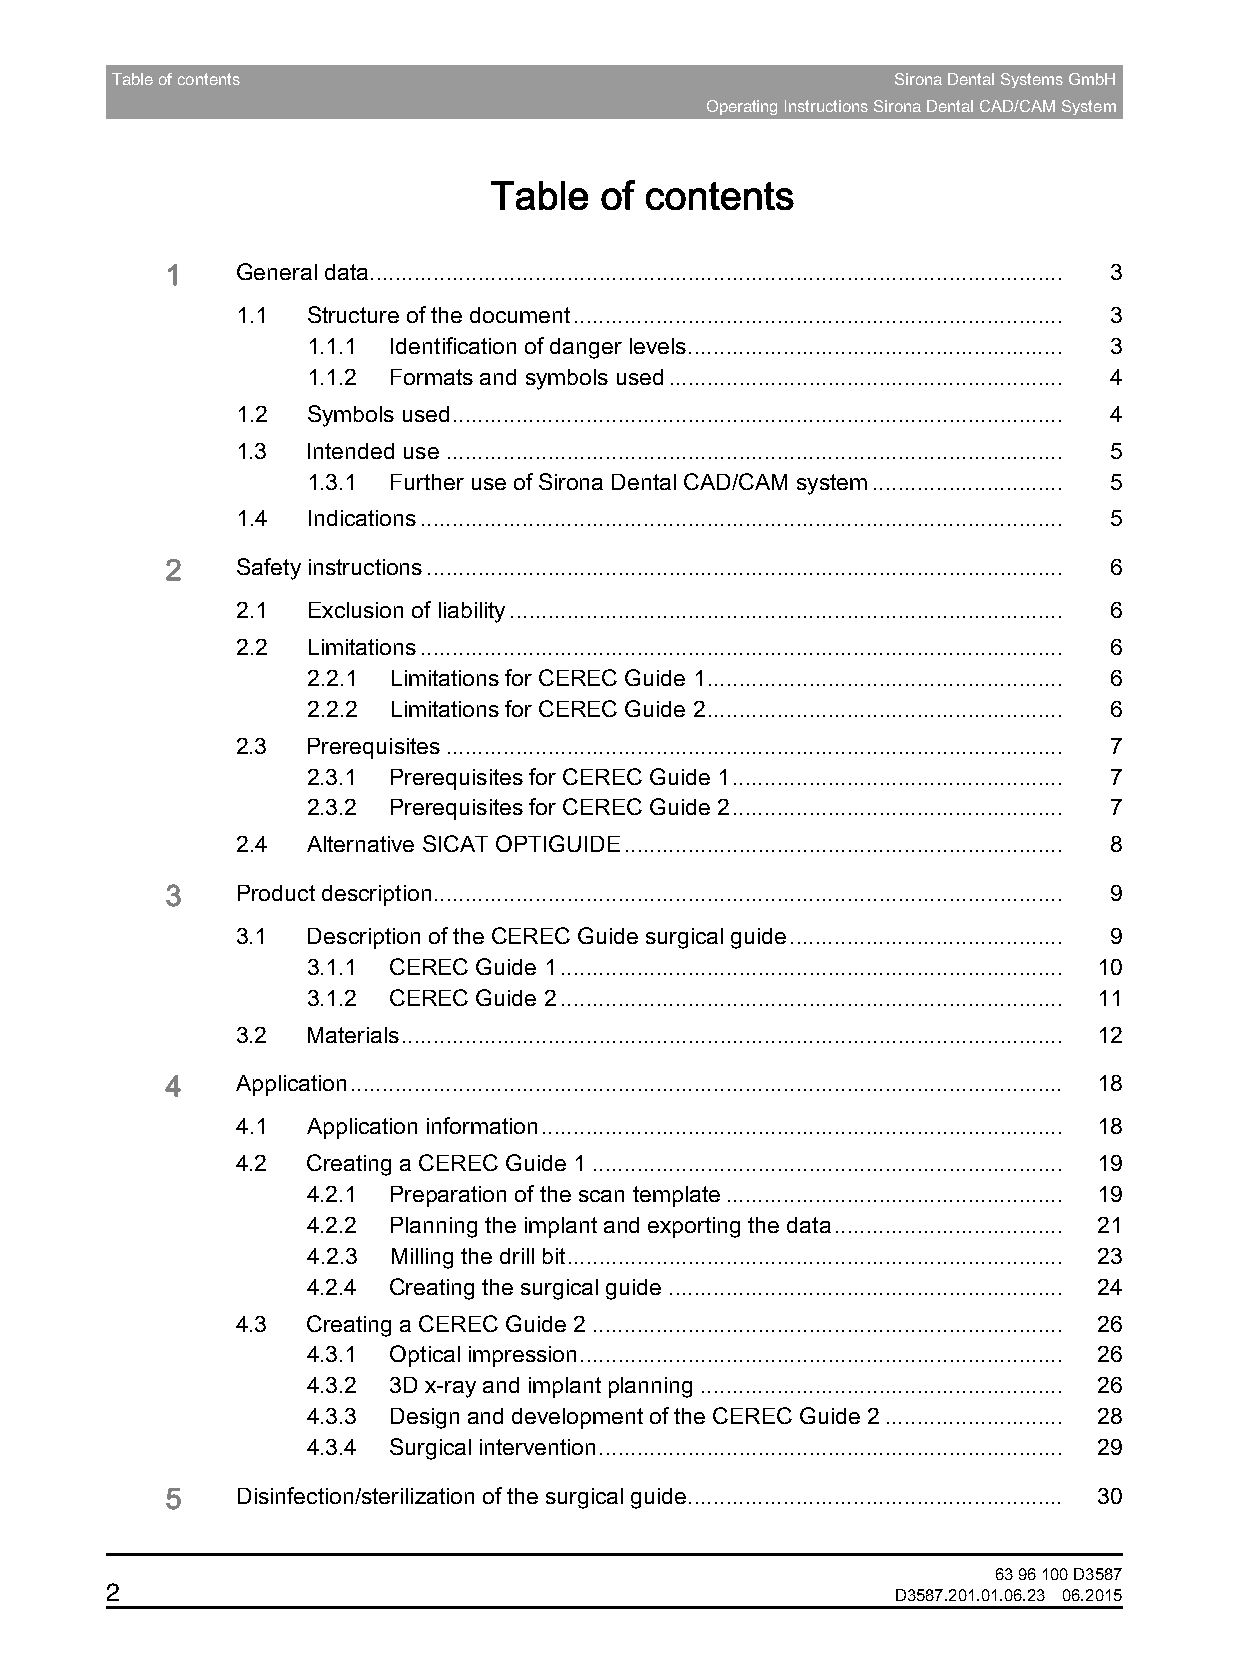
Table of contents                                   Sirona Dental Systems GmbH
 Operating Instructions Sirona Dental CAD/CAM System
 Table   of contents
 1    General data............................................................................................................. 3
 1.1 Structure of the document............................................................................. 3
 1.1.1 Identification of danger levels........................................................... 3
 1.1.2 Formats and symbols used.............................................................. 4
 1.2 Symbols used................................................................................................ 4
 1.3 Intended use................................................................................................. 5
 1.3.1 Further use of Sirona Dental CAD/CAM system.............................. 5
 1.4 Indications..................................................................................................... 5
 2    Safety instructions.................................................................................................... 6
 2.1 Exclusion of liability....................................................................................... 6
 2.2 Limitations..................................................................................................... 6
 2.2.1 Limitations for CEREC Guide 1........................................................ 6
 2.2.2 Limitations for CEREC Guide 2........................................................ 6
 2.3 Prerequisites................................................................................................. 7
 2.3.1 Prerequisites for CEREC Guide 1.................................................... 7
 2.3.2 Prerequisites for CEREC Guide 2.................................................... 7
 2.4 Alternative SICAT OPTIGUIDE..................................................................... 8
 3    Product description................................................................................................... 9
 3.1 Description of the CEREC Guide surgical guide........................................... 9
 3.1.1 CEREC Guide 1............................................................................... 10
 3.1.2 CEREC Guide 2............................................................................... 11
 3.2 Materials........................................................................................................ 12
 4    Application................................................................................................................ 18
 4.1 Application information.................................................................................. 18
 4.2 Creating a CEREC Guide 1 .......................................................................... 19
 4.2.1 Preparation of the scan template..................................................... 19
 4.2.2 Planning the implant and exporting the data.................................... 21
 4.2.3 Milling the drill bit.............................................................................. 23
 4.2.4 Creating the surgical guide.............................................................. 24
 4.3 Creating a CEREC Guide 2 .......................................................................... 26
 4.3.1 Optical impression............................................................................ 26
 4.3.2 3D x-ray and implant planning......................................................... 26
 4.3.3 Design and development of the CEREC Guide 2............................ 28
 4.3.4 Surgical intervention......................................................................... 29
 5    Disinfection/sterilization of the surgical guide........................................................... 30
 63 96 100 D3587
 2
 D3587.201.01.06.23 06.2015